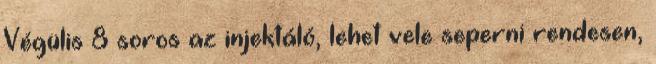
Végülis 8 soros az injektáló, lehet vele seperni rendesen,